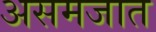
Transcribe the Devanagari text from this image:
असमजात